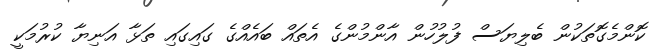
ކޮންމެގޮތަކުން ބެލިޔަސް ފުލުހުން އާންމުންގެ އެތައް ބައެއްގެ ގައިގައި ތަޅާ އަނިޔާ ކުރުމަކީ